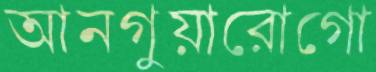
আনগুয়ারোগো